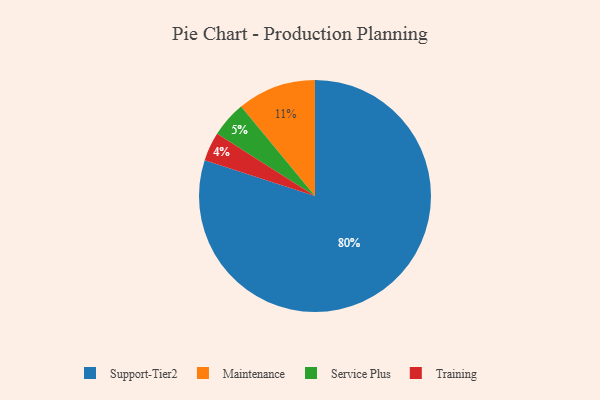
{"axis": {"x": "Category", "y": "Percentage"}, "legend": ["Maintenance", "Service Plus", "Support-Tier2", "Training"], "data": [{"x": "Training", "y": 4, "type": "Training"}, {"x": "Service Plus", "y": 5, "type": "Service Plus"}, {"x": "Support-Tier2", "y": 80, "type": "Support-Tier2"}, {"x": "Maintenance", "y": 11, "type": "Maintenance"}]}